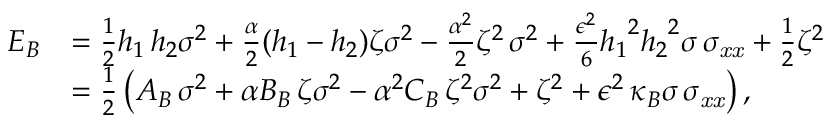
\begin{array} { r l } { { E } _ { B } } & { = \frac 1 2 { h _ { 1 } \, h _ { 2 } } { \sigma } ^ { 2 } + \frac { \alpha } { 2 } ( h _ { 1 } - h _ { 2 } ) \zeta { \sigma } ^ { 2 } - \frac { \alpha ^ { 2 } } 2 { \zeta } ^ { 2 } \, { \sigma } ^ { 2 } + \frac { \epsilon ^ { 2 } } 6 { h _ { 1 } } ^ { 2 } { h _ { { 2 } } } ^ { 2 } \sigma \, \sigma _ { { { \it x x } } } + \frac 1 2 { \zeta } ^ { 2 } \, } \\ & { = \frac 1 2 \left( A _ { B } \, { \sigma } ^ { 2 } + \alpha B _ { B } \, \zeta { \sigma } ^ { 2 } - \alpha ^ { 2 } C _ { B } \, { \zeta } ^ { 2 } { \sigma } ^ { 2 } + { \zeta } ^ { 2 } + \epsilon ^ { 2 } \, \kappa _ { B } \sigma \, \sigma _ { { { \it x x } } } \right) , } \end{array}